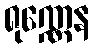
ရုဏ္ဏေန